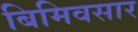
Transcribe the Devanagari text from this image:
बिमिवसार